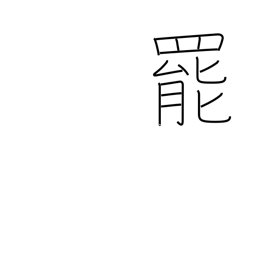
Meaning: quit